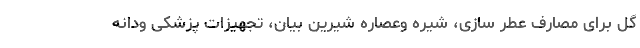
گل برای مصارف عطر سازی، شیره وعصاره شیرین بیان، تجهیزات پزشکی ودانه